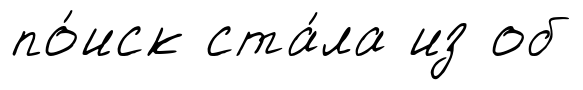
по́иск ста́ла из об